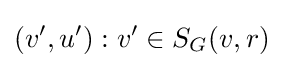
(v',u'):v'\in S_{G}(v,r)